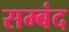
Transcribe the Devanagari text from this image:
सम्बंद